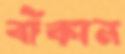
বাঁকান